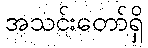
အသင်းတော်ရှိ